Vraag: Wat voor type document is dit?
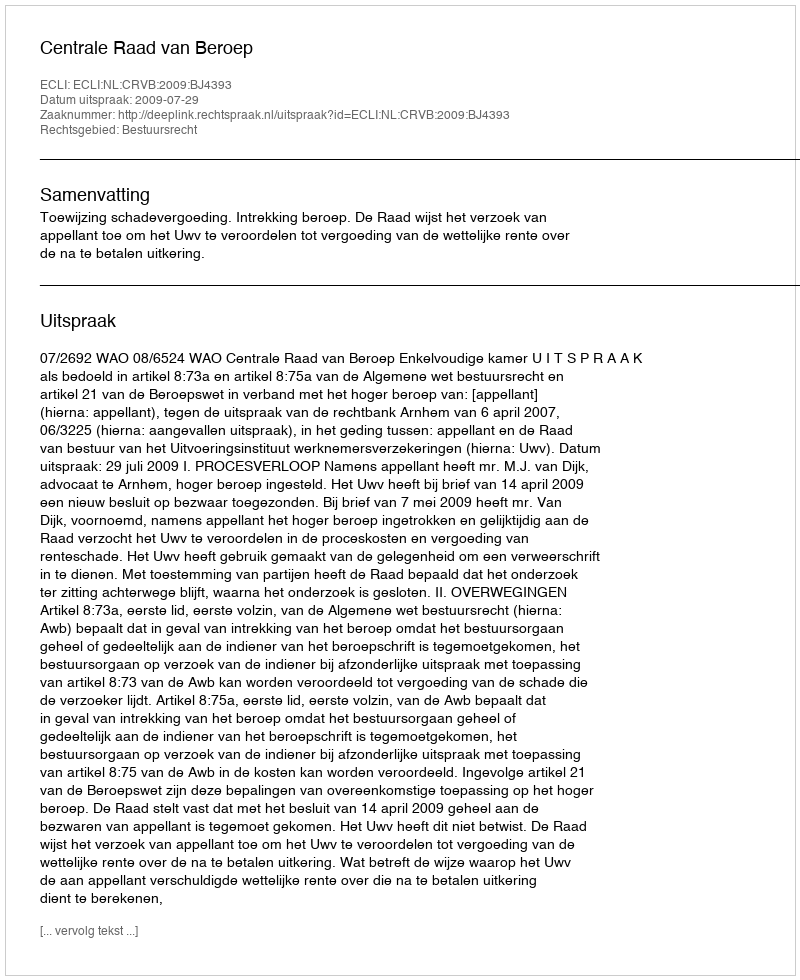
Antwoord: Uitspraak